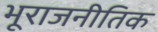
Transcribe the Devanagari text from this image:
भूराजनीतिक